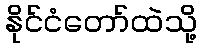
နိုင်ငံတော်ထဲသို့